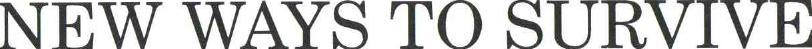
NEW WAYS TO SURVIVE